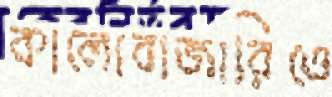
কালোবাজারিতে